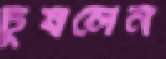
চুষলেন